Report of an investigation of the epidemic of malarial fever in Assam, or, kala-azar
Disease focus: Malaria
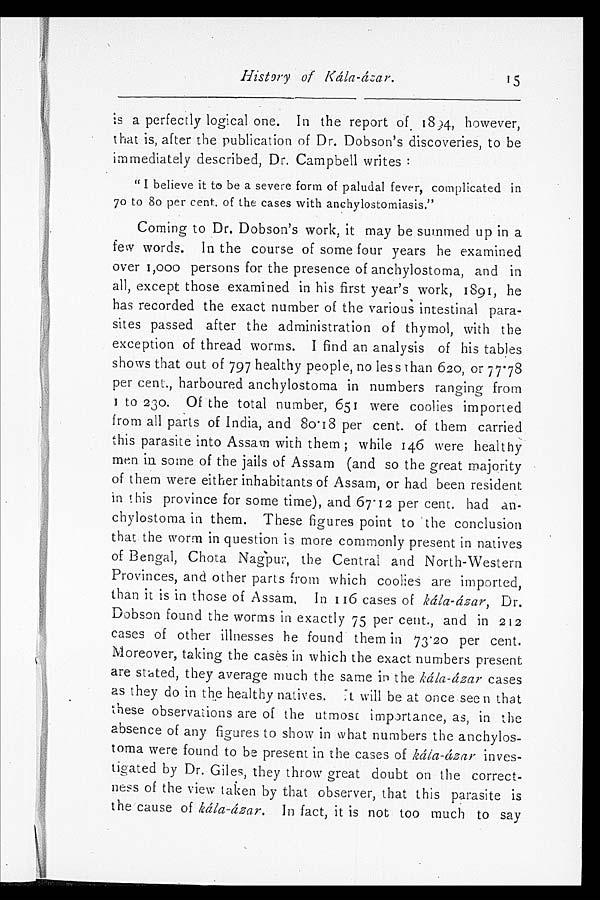
History of Kála-ázar.
is a perfectly logical one. In the report of 1894, however,
that is, after the publication of Dr. Dobson's discoveries, to be
immediately described, Dr. Campbell writes:
" I believe it to be a severe form of paludal fever, complicated in
70 to 80 per cent. of the cases with anchylostomiasis."
Coming to Dr. Dobson's work, it may be summed up in a
few words. In the course of some four years he examined
over 1,000 persons for the presence of anchylostoma, and in
all, except those examined in his first year's work, 1891, he
has recorded the exact number of the various intestinal para-
sites passed after the administration of thymol, with the
exception of thread worms. I find an analysis of his tables
shows that out of 797 healthy people, no less than 620, or 77.78
per cent., harboured anchylostoma in numbers ranging from
1 to 230. Of the total number, 651 were coolies imported
from all parts of India, and 80 . 18 per cent. of them carried
this parasite into Assam with them; while 146 were healthy
men in some of the jails of Assam (and so the great majority
of them were either inhabitants of Assam, or had been resident
in this province for some time), and 67.12 per cent, had an-
chylostoma in them. These figures point to the conclusion
that the worm in question is more commonly present in natives
of Bengal, Chota Nagpur, the Central and North-Western
Provinces, and other parts from which coolies are imported,
than it is in those of Assam. In 116 cases of kála-ázar, Dr.
Dobson found the worms in exactly 75 per cent., and in 212
cases of other illnesses he found them in 73 . 20 per cent.
Moreover, taking the cases in which the exact numbers present
are stated, they average much the same in the kála-ázar cases
as they do in the healthy natives. It will be at once seen that
these observations are of the utmost importance, as, in the
absence of any figures to show in what numbers the anchylos-
toma were found to be present in the cases of kála-ázar inves-
tigated by Dr. Giles, they throw great doubt on the correct-
ness of the view taken by that observer, that this parasite is
the cause of kála-ázar. In fact, it is not too much to say
15